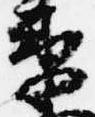
衛